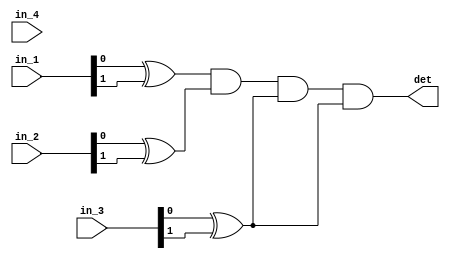
module det_4input(input [1:0] in_1, in_2, in_3,in_4,
						output det);
						
wire det1, det2, det3, det4;

xor (det1, in_1[0],in_1[1]);
xor (det2, in_2[0],in_2[1]);
xor (det3, in_3[0],in_3[1]);
xor (det4, in_3[0],in_3[1]);
and (det,  det1, det2, det3, det4);
						
						
endmodule